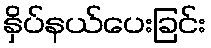
နှိပ်နယ်ပေးခြင်း